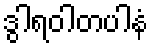
ဒွါရဝါတပါနံ